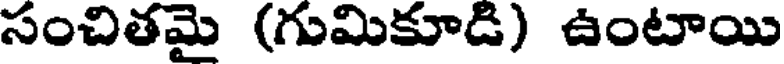
సంచితమై (గుమికూడి) ఉంటాయి